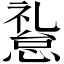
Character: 𱟅